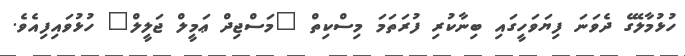
ހުޅުމާލޭގެ ދެވަނަ ފިޔަވަހީގައި ބިނާކުރި ފުރަތަމަ މިސްކިތް "މަސްޖިދް ޢަމީލް ޖަލީލް" ހުޅުވައިފިއެވެ.